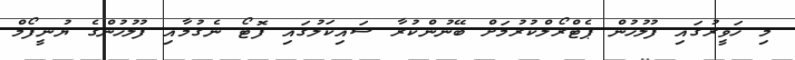
މި ހަވީރުގައި ފުލުހުން ޕެޓްރޯލްކުރުމަށް ބޭނުންކުރާ ސައިކަލުގައި ފޮޓޯ ނެގުމާއި ފުލުހުންގެ ޔުނީފޯމް